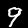
Label: 9